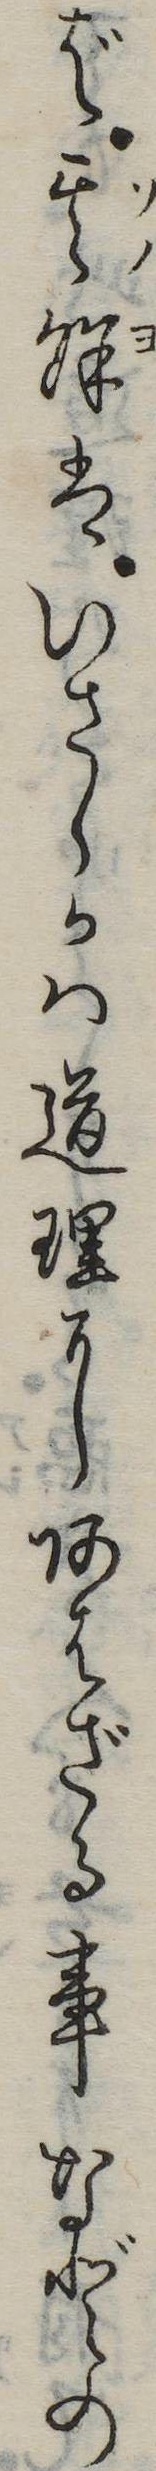
ば其余はいさゝかは道理にあはざる事などの